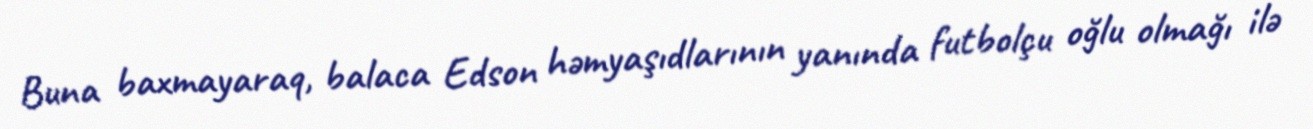
Buna baxmayaraq, balaca Edson həmyaşıdlarının yanında futbolçu oğlu olmağı ilə